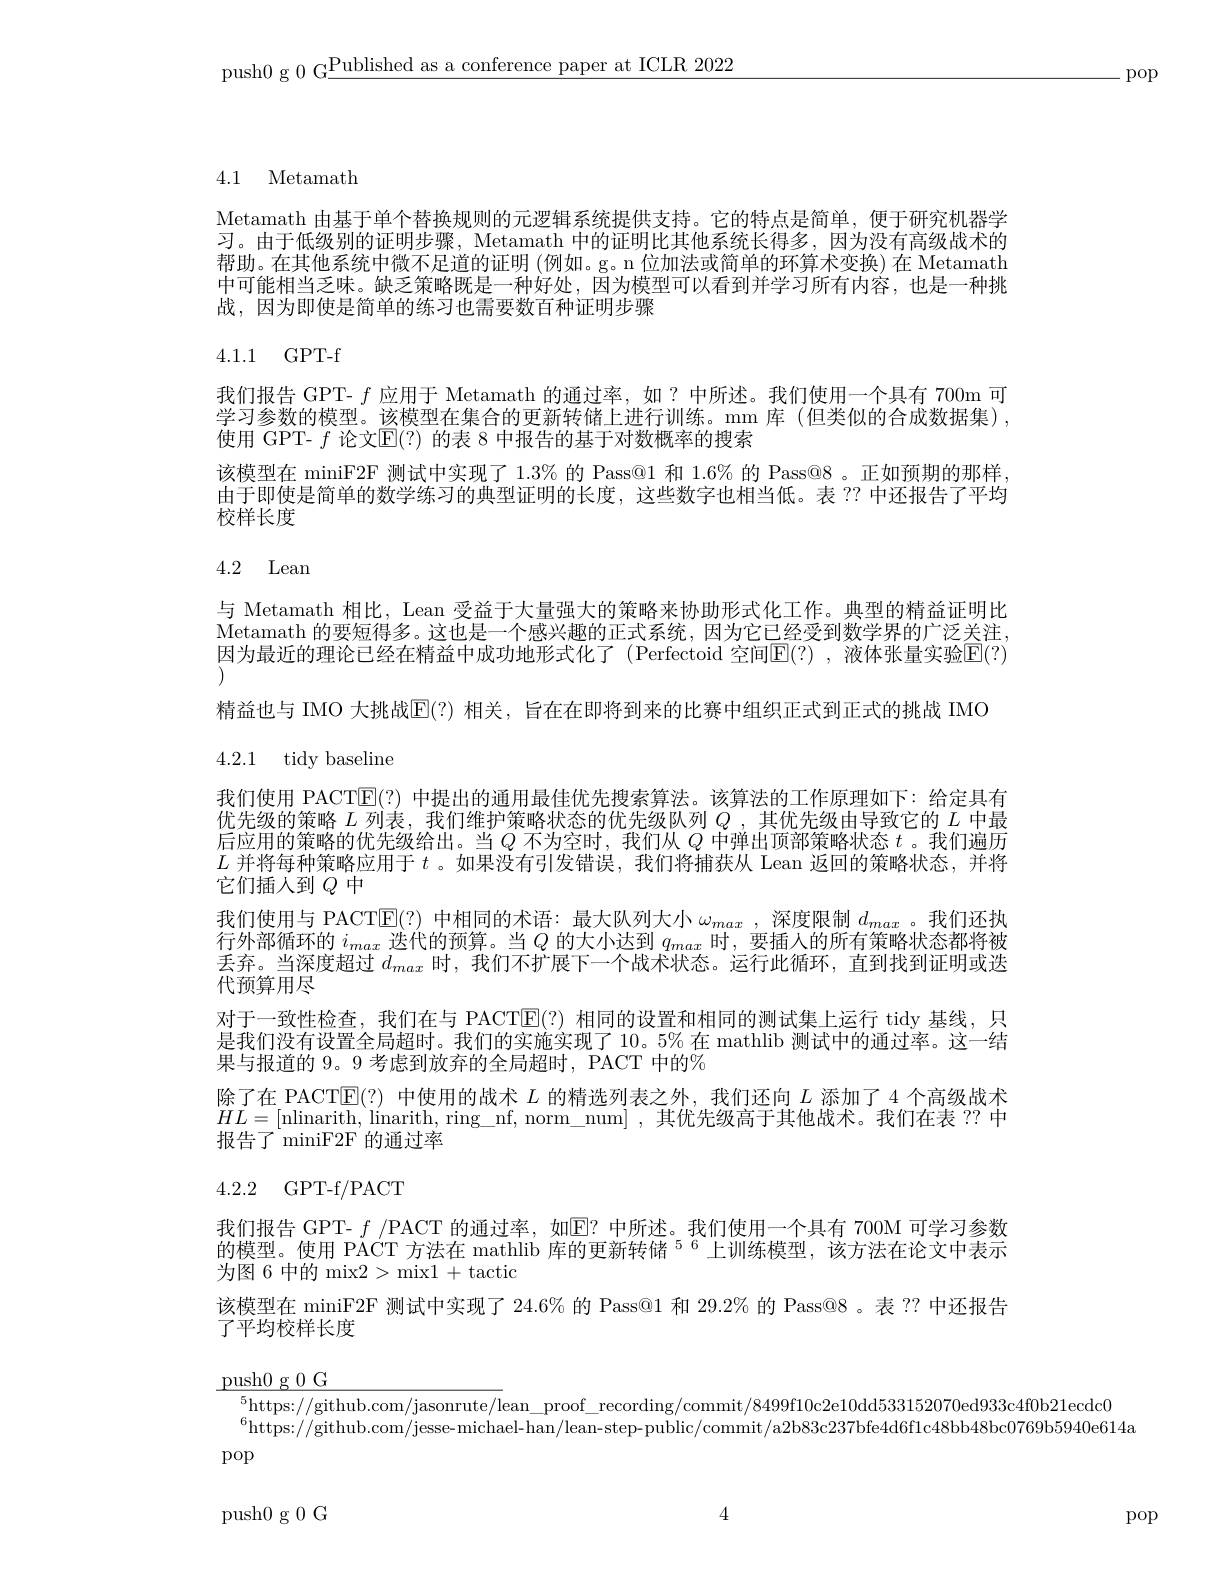
push0 g 0 G$\underline\text{Published as a conference paper at ICLR 2022}$

.pop

4.1 Metamath

Metamath 由基于单个替换规则的元逻辑系统提供支持。它的特点是简单，便于研究机器学习。由于低级别的证明步骤，Metamath 中的证明比其他系统长得多，因为没有高级战术的帮助。在其他系统中微不足道的证明 (例如。g。n 位加法或简单的环算术变换) 在 Metamath 中可能相当乏味。缺乏策略既是一种好处，因为模型可以看到并学习所有内容，也是一种挑战，因为即使是简单的练习也需要数百种证明步骤

### 4.1.1 GPT-f

我们报告 GPT- $f$应用于 Metamath 的通过率，如？中所述。我们使用一个具有 700m 可学习参数的模型。该模型在集合的更新转储上进行训练。mm 库 (但类似的合成数据集), 使用 GPT- $f$ 论文$\mathbb{E}(?)$ 的表 8 中报告的基于对数概率的搜索
该模型在 miniF2F 测试中实现了 1.3% 的 Pass@1 和 1.6% 的 Pass@8 。正如预期的那样， 由于即使是简单的数学练习的典型证明的长度，这些数字也相当低。表 ?? 中还报告了平均校样长度

## 4.2 Lean

与 Metamath 相比，Lean 受益于大量强大的策略来协助形式化工作。典型的精益证明比

Metamath 的要短得多。这也是一个感兴趣的正式系统，因为它已经受到数学界的广泛关注，

因为最近的理论已经在精益中成功地形式化了(Perfectoid 空间E(?) ,液体张量实验E(?)

精益也与 IMO 大挑战$\mathbb{E}(?)$ 相关，旨在在即将到来的比赛中组织正式到正式的挑战 IMO

4.2.1 tidy baseline

我们使用 PACT$\overline{\mathrm{E}}(?)$中提出的通用最佳优先搜索算法。该算法的工作原理如下：给定具有优先级的策略$L$列表，我们维护策略状态的优先级队列$Q$ ,其优先级由导致它的$L$中最后应用的策略的优先级给出。当$Q$不为空时，我们从$Q$中弹出顶部策略状态$t$ 。我们遍历$L$并将每种策略应用于$t$ 。如果没有引发错误，我们将捕获从 Lean 返回的策略状态，并将它们插人到$Q$中
我们使用与 PACT$\mathbb{E}(?)$中相同的术语：最大队列大小$\omega_max$ ,深度限制$d_max$ 。我们还执行外部循环的$i_{max}$迭代的预算。当$Q$的大小达到$q_max$时，要插入的所有策略状态都将被丢弃。当深度超过$d_{max}$时，我们不扩展下一个战术状态。运行此循环，直到找到证明或迭代预算用尽
对于一致性检查，我们在与 PACTE(?)相同的设置和相同的测试集上运行 tidy 基线，只是我们没有设置全局超时。我们的实施实现了 10。5% 在 mathlib 测试中的通过率。这一结果与报道的 9。9 考虑到放弃的全局超时，PACT 中的%
除了在 PACT$\mathbb{E}(?)$中使用的战术$L$的精选列表之外，我们还向$L$添加了 4 个高级战术$HL=[$nlinarith, linarith, ring\_nf, norm\_num],其优先级高于其他战术。我们在表 ?? 中报告了 miniF2F 的通过率
4.2.2 GPT-f/PACT
我们报告 GPT- $f$ /PACT 的通过率，如$\overline{\mathrm{E}}?$ 中所述。我们使用一个具有 700M 可学习参数的模型。使用 PACT 方法在 mathlib 库的更新转储$^{56}$上训练模型，该方法在论文中表示为图 6 中的 mix2> mix1 + tactic
该模型在 miniF2F 测试中实现了 24.6% 的 Pass@1 和 29.2% 的 Pass@8 。表 ?? 中还报告
了平均校样长度
$\underline{\text{push}0\text{ g }0\text{ G}}$
$^{5}$https://github.com/jasonrute/lean\_proof\_recording/commit/8499f10c2e10dd533152070ed933c4f0b21ecdc0
$^{6}$https://github.com/jesse- michael- han/lean-step- public/commit/a2b83c237bfe4d6flc48bb48bc0769b5940e614a
pop

push0g0G

4

pop